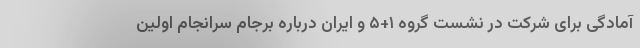
آمادگی برای شرکت در نشست گروه ۱+۵ و ایران درباره برجام سرانجام اولین